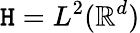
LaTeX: \mathtt{H}=L^{2}(\mathbb{R}^{d})